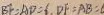
B F = A P = 1 D F = A B =